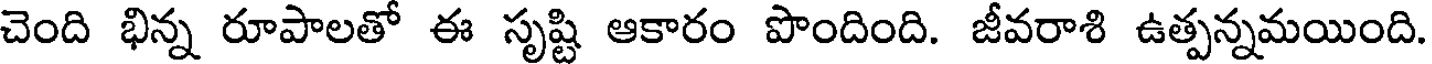
చెంది భిన్న రూపాలతో ఈ సృష్టి ఆకారం పొందింది. జీవరాశి ఉత్పన్నమయింది.